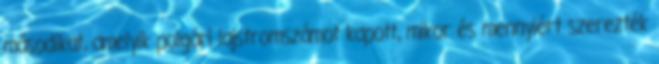
másodikat, amelyik polgári lajstromszámot kapott, mikor és mennyiért szerezték